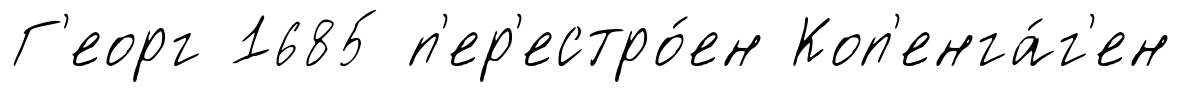
Г'еорг 1685 п'ер'естро́ен Коп'енга́г'ен